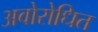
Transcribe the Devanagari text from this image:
अवोरोधित